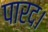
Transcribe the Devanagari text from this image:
पारद।